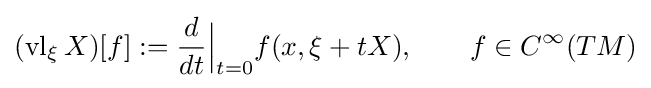
(\operatorname {vl} _{\xi }X)[f]:={\frac {d}{dt}}{\Big |}_{t=0}f(x,\xi +tX),\qquad f\in C^{\infty }(TM)